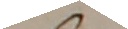
Nachdem Elrbeth Schedegger von Sutteil, ohnge¬